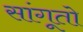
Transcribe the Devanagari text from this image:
सांगूतो